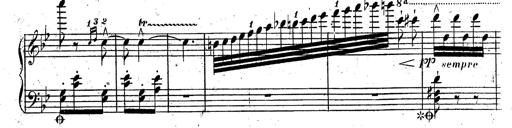
Title: Rondeau fantastique sur un thÃ¨me espagnol
Composer: Franz Liszt